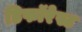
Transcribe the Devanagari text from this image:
डिफॉरेस्ट